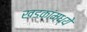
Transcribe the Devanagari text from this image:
खडकांंमध्ये